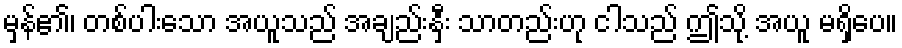
မှန်၏၊ တစ်ပါးသော အယူသည် အချည်းနှီး သာတည်းဟု ငါသည် ဤသို့ အယူ မရှိပေ။